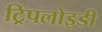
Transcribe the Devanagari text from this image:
ट्रिपलोइडी